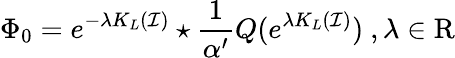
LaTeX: \Phi_{0}=e^{-\lambda K_{L}(\mathcal{I})}\star\frac{1}{\alpha^{\prime}}Q(e^{\lambda K_{L}(\mathcal{I})})\ ,\lambda\in\mathrm{R}